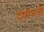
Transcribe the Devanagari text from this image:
योसेफची